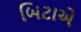
બિટાએ